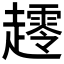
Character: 𰸀